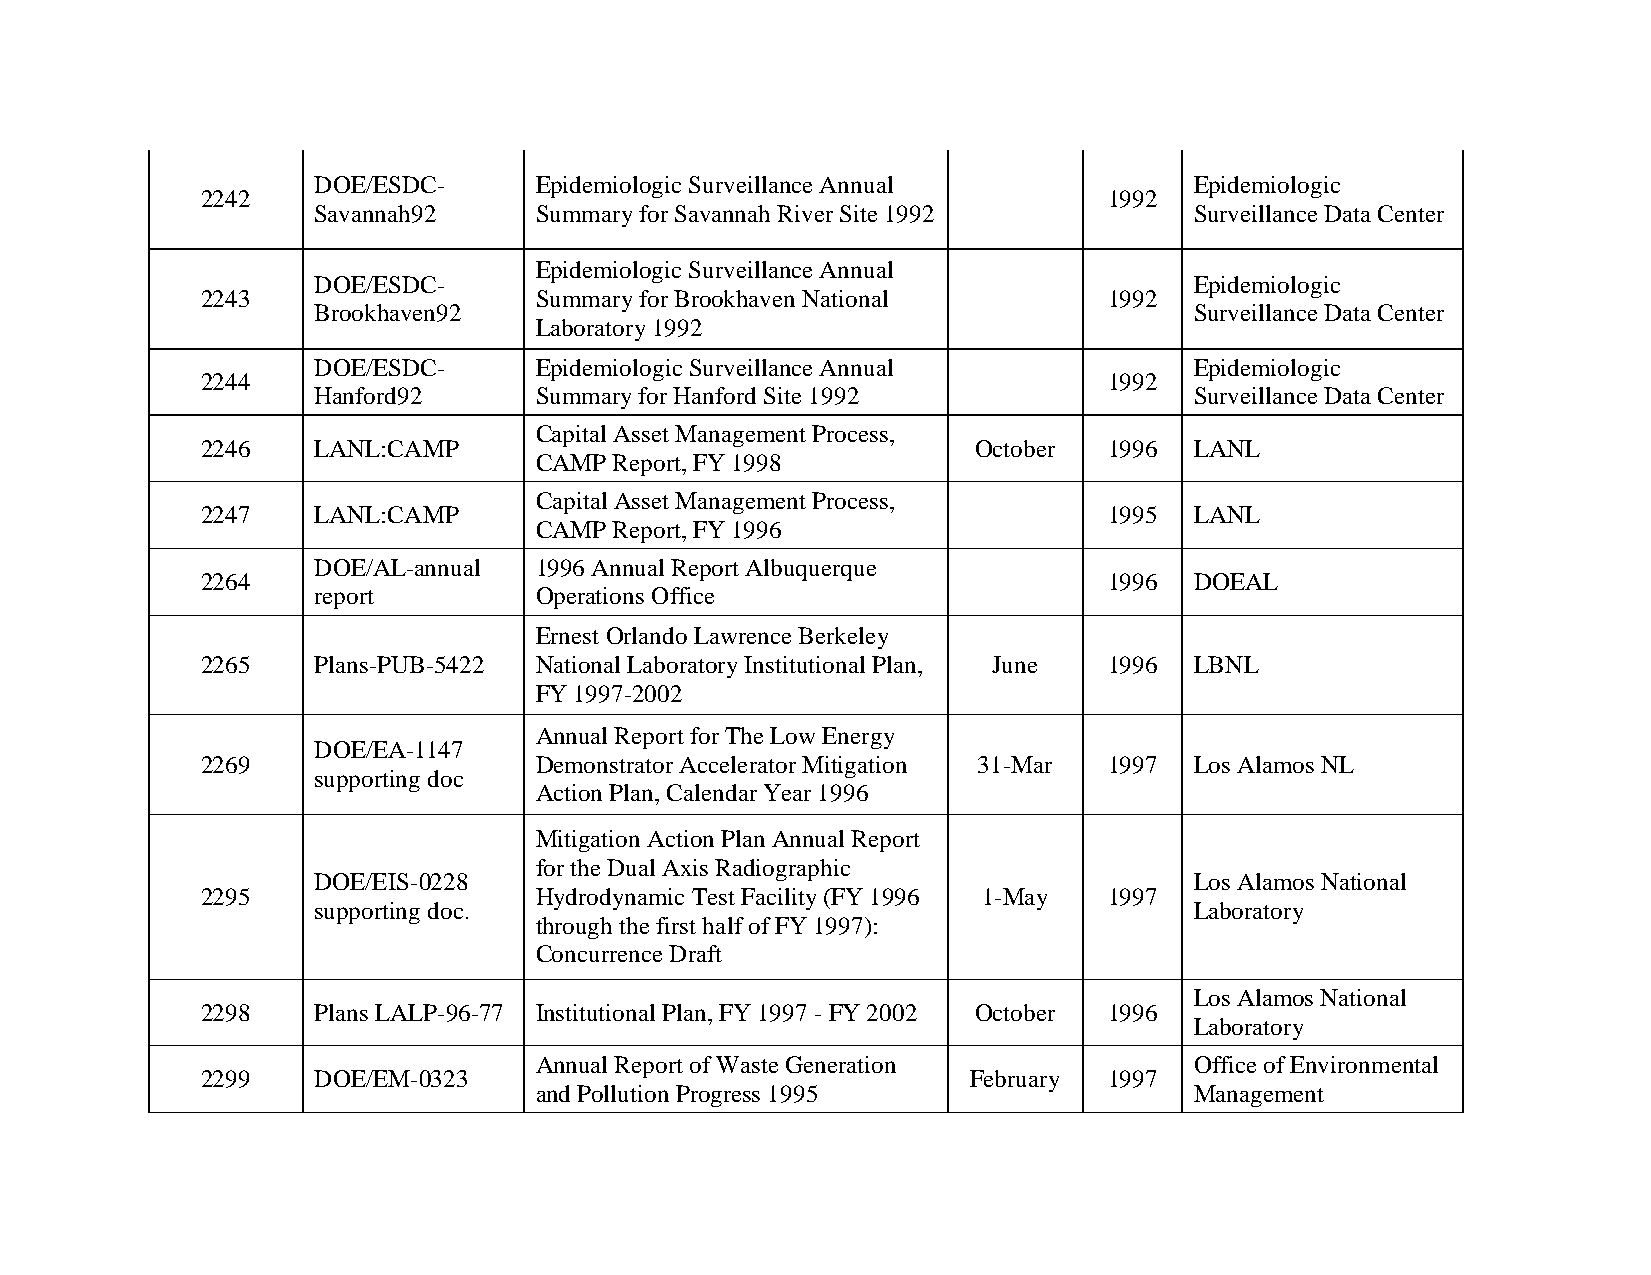
DOE/ESDC-     Epidemiologic Surveillance Annual           Epidemiologic
 2242                                                        1992
 Savannah92    Summary for Savannah River Site 1992        Surveillance Data Center
 Epidemiologic Surveillance Annual
 DOE/ESDC-                                                 Epidemiologic
 2243                  Summary for Brookhaven National       1992
 Brookhaven92                                              Surveillance Data Center
 Laboratory 1992
 DOE/ESDC-     Epidemiologic Surveillance Annual           Epidemiologic
 2244                                                        1992
 Hanford92     Summary for Hanford Site 1992               Surveillance Data Center
 Capital Asset Management Process,
 2246    LANL:CAMP                                  October  1996  LANL
 CAMP  Report, FY 1998
 Capital Asset Management Process,
 2247    LANL:CAMP                                           1995  LANL
 CAMP  Report, FY 1996
 DOE/AL-annual 1996 Annual Report Albuquerque
 2264                                                        1996  DOEAL
 report        Operations Office
 Ernest Orlando Lawrence Berkeley
 2265    Plans-PUB-5422 National Laboratory Institutional Plan, June 1996 LBNL
 FY 1997-2002
 Annual Report for The Low Energy
 DOE/EA-1147
 2269                  Demonstrator Accelerator Mitigation 31-Mar 1997 Los Alamos NL
 supporting doc
 Action Plan, Calendar Year 1996
 Mitigation Action Plan Annual Report
 for the Dual Axis Radiographic
 DOE/EIS-0228                                              Los Alamos National
 2295                  Hydrodynamic Test Facility (FY 1996 1-May 1997
 supporting doc.                                           Laboratory
 through the first half of FY 1997):
 Concurrence Draft
 Los Alamos National
 2298    Plans LALP-96-77 Institutional Plan, FY 1997 - FY 2002 October 1996
 Laboratory
 Annual Report of Waste Generation           Office of Environmental
 2299    DOE/EM-0323                                February 1997
 and Pollution Progress 1995                 Management